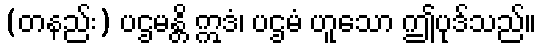
(တနည်း) ပဌမန္တိ ဣဒံ၊ ပဌမံ ဟူသော ဤပုဒ်သည်။